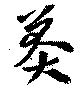
莽